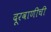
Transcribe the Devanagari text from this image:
दूरवाणीची